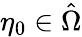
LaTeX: \eta_{0}\in\hat{\Omega}